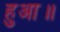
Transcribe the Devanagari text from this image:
हुआ॥